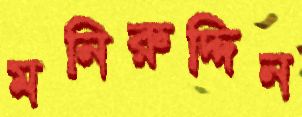
মনিরুদ্দিন